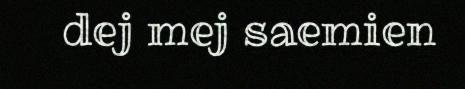
dej mej saemien